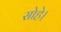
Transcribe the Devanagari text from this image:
सोहे।